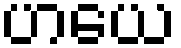
ဟယေ